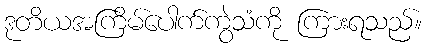
ဒုတိယအကြိမ်ပေါက်ကွဲသံကို ကြားရသည်။